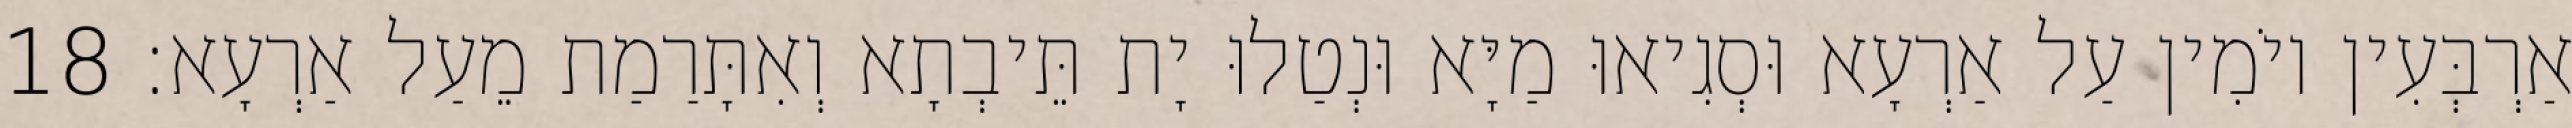
אַרְבְּעִין יוֹמִין עַל אַרְעָא וּסְגִיאוּ מַיָּא וּנְטַלוּ יָת תֵּיבְתָא וְאִתָּרַמַת מֵעַל אַרְעָא׃ 18